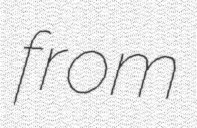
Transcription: from